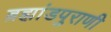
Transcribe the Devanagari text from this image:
ब्रह्मांडपुराणी